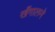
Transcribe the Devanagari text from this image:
खँगालने